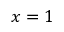
x = 1